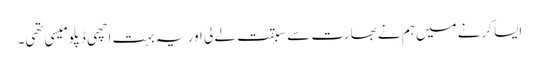
ایسا کرنے میں ہم نے بھارت سے سبقت لے لی اور یہ بہت اچھی ڈپلومیسی تھی۔